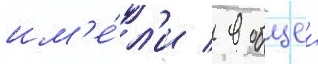
им'е́л'и / в общеи